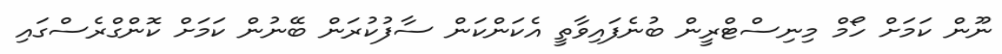
ނޫން ކަމަށް ހޯމް މިނިސްޓްރީން ބުނެފައިވާތީ އެކަންކަން ސާފުކުރަން ބޭނުން ކަމަށް ކޮންގްރެސްގައި